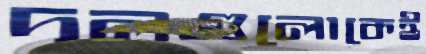
দলগুলোকেই